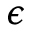
\epsilon